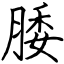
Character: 腇